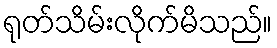
ရုတ်သိမ်းလိုက်မိသည်။